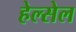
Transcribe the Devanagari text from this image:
हेल्सेल